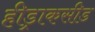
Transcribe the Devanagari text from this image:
हीड्राकसीड